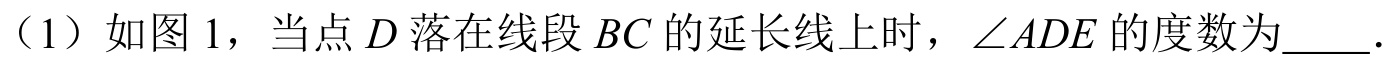
（1）如图 1，当点\(D\)落在线段\(BC\)的延长线上时，\(\angle ADE\)的度数为  ．